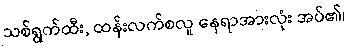
သစ်ရွက်ထီး, ထန်းလက်စလူ နေရာအားလုံး အပ်၏၊